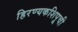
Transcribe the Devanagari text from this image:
हिरण्यकशिपूची